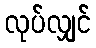
လုပ်လျှင်